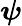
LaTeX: \boldsymbol{\psi}